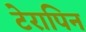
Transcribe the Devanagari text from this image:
टेरापिन